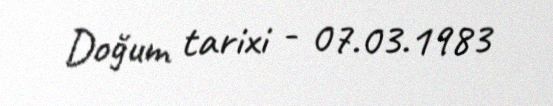
Doğum tarixi - 07.03.1983